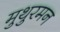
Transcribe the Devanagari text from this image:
मुथुरमन